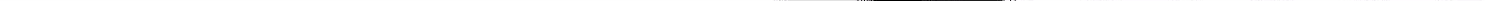
___